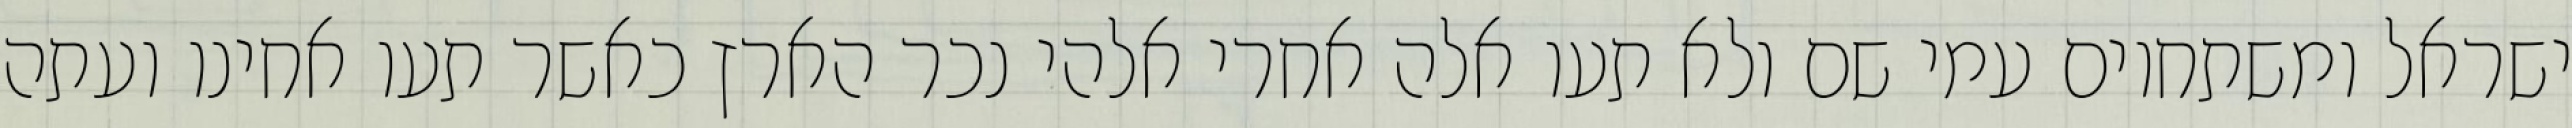
ישראל ומשתחוים עמי שם ולא תעו אלה אחרי אלהי נכר הארץ כאשר תעו אחינו ועתה